画像に写った文字を読んでください
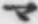
「マ」と書いてあります